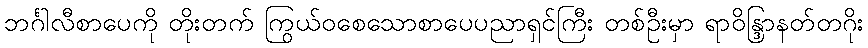
ဘင်္ဂါလီစာပေကို တိုးတက် ကြွယ်ဝစေသောစာပေပညာရှင်ကြီး တစ်ဦးမှာ ရာဝိန္ဒြာနတ်တဂိုး